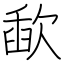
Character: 歃